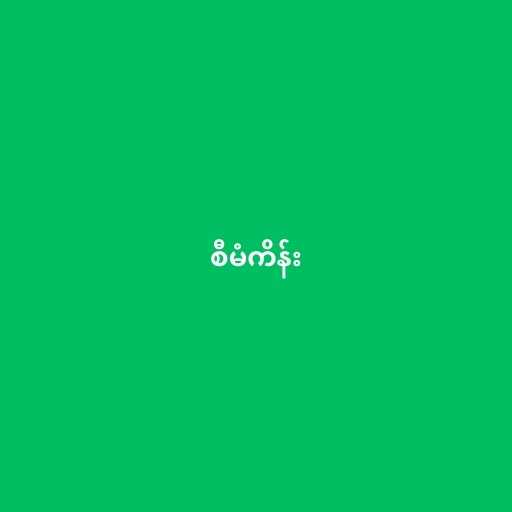
စီမံကိန်း